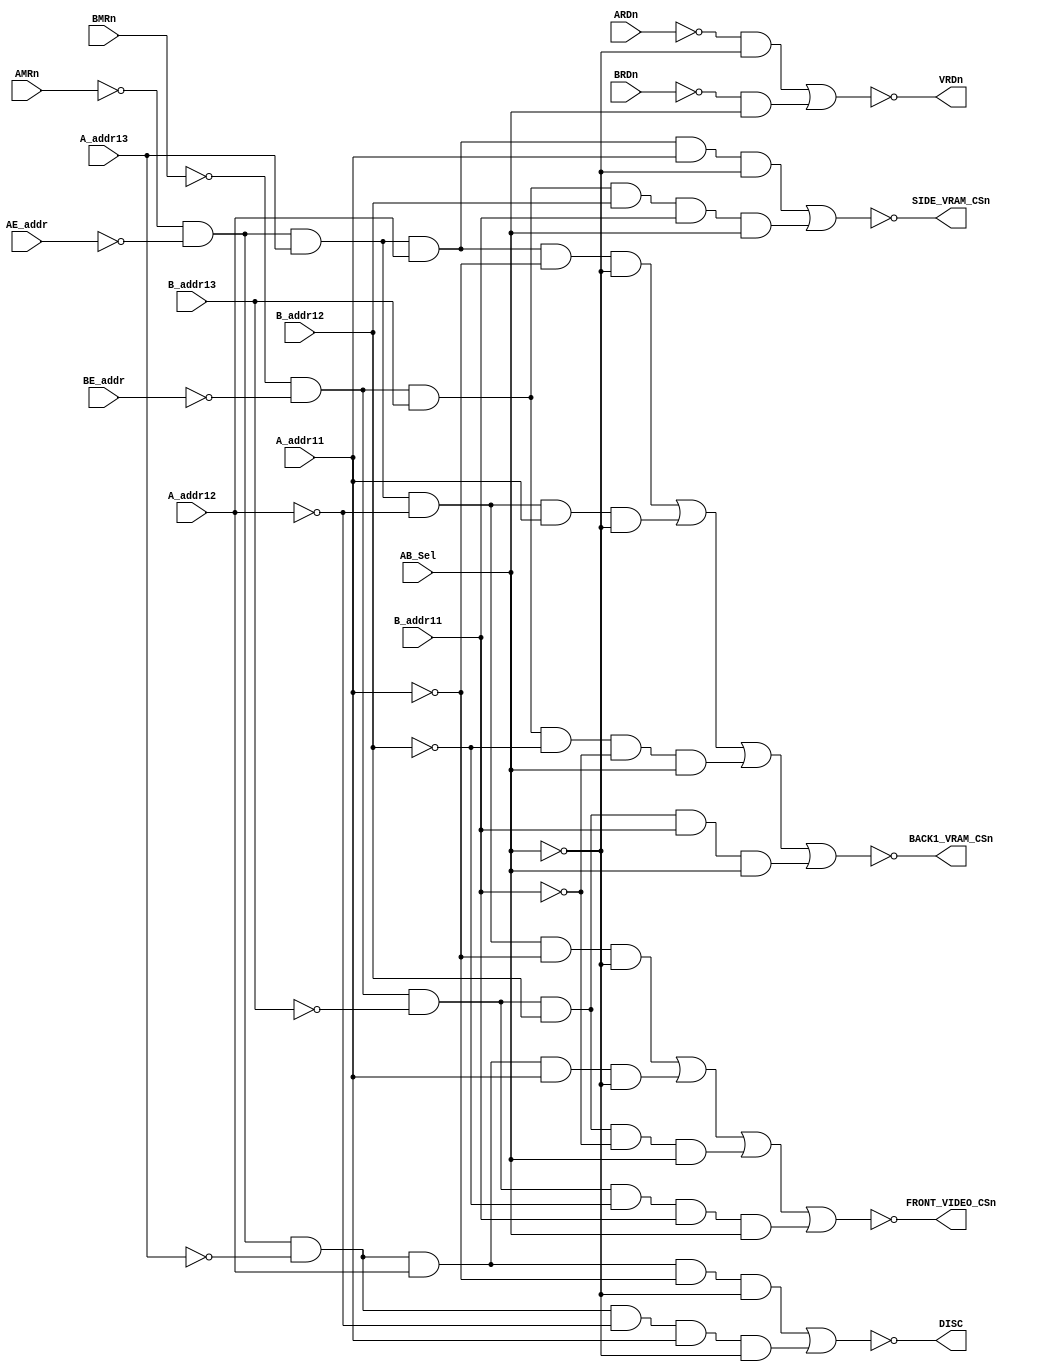
//Converted from AlphaMission_PAL16L6C_1A.jed using MAME's jedutil tool
//Many thanks to pldarchive.co.uk for the JED file.
`default_nettype none
`timescale 1ns/10ps

module pal16l6c_A1_nodly (
    //inputs
    input  wire  AMRn, //1
    input  wire  AE_addr, //2 
    input  wire  A_addr13, //3
    input  wire  A_addr12,  //4
    input  wire  A_addr11, //5
    input  wire  BMRn,     //6
    input  wire  BE_addr, //7
    input  wire  B_addr13, //8
    input  wire  B_addr12, //9 
    input  wire  B_addr11, //10
    input  wire  ARDn, //11
    input  wire  BRDn, //13
    input  wire  AB_Sel, //22
    output wire FRONT_VIDEO_CSn, //16 F1C
    output wire VRDn, //17
    output wire SIDE_VRAM_CSn, //19 SC
    output wire DISC, //20 DISC
    output wire BACK1_VRAM_CSn //21 B1C
);  
    //                1 1 1 1  1 | 1     |
    //Address:        5 4 3 2  1 | 0 9 8 | 7 6 5 4  3 2 1 0
    //16'hE000-E700   1 1 1 0  0 | x x x | x x x x  x x x x cpuA SHARED FRONT VIDEO RAM 2Kbytes
    //16'hD800-DFFF   1 1 0 1  1 | x x x | x x x x  x x x x cpuA SHARED RAM             2Kbytes
    //16'hD000-D7FF   1 1 0 1  0 | x x x | x x x x  x x x x cpuB SHARED FRONT VIDEO RAM 2Kbytes
    //16'hC800-CFFF   1 1 0 0  1 | x x x | x x x x  x x x x cpuB SHARED RAM             2Kbytes
    assign  FRONT_VIDEO_CSn = ~((~AMRn & ~AE_addr &  A_addr13 & ~A_addr12 & ~A_addr11 & ~AB_Sel ) |
                                                    (~AMRn & ~AE_addr & ~A_addr13 &  A_addr12 &  A_addr11 & ~AB_Sel ) |
                                                    (~BMRn & ~BE_addr & ~B_addr13 &  B_addr12 & ~B_addr11 &  AB_Sel ) |
                                       //WRONG term (                               ~B_addr12 &              AB_Sel ));
                                                    (~BMRn & ~BE_addr & ~B_addr13 & ~B_addr12 &  B_addr11 &  AB_Sel )); //FIX

    assign  VRDn = ~((~ARDn & ~AB_Sel ) | (~BRDn &  AB_Sel ));

    //                1 1 1 1  1 | 1     |
    //Address:        5 4 3 2  1 | 0 9 8 | 7 6 5 4  3 2 1 0 
    //16'hF800-FFFF   1 1 1 1  1 | x x x | x x x x  x x x x SHARED SIDE_VIDEO_RAM cpuA 2Kbytes
    //16'hF800-FFFF   1 1 1 1  1 | x x x | x x x x  x x x x SHARED SIDE_VIDEO_RAM cpuB 2Kbytes
    //19
    assign  SIDE_VRAM_CSn = ~((~AMRn & ~AE_addr & A_addr13 & A_addr12 & A_addr11 & ~AB_Sel ) |
                                                  (~BMRn & ~BE_addr & B_addr13 & B_addr12 & B_addr11 &  AB_Sel ));

    //                1 1 1 1  1 | 1     |
    //Address:        5 4 3 2  1 | 0 9 8 | 7 6 5 4  3 2 1 0
    //16'hD000-D7FF   1 1 0 1  0 | x x x | x x x x  x x x x NOT USED???
    //16'hC800-CFFF   1 1 0 0  1 | x x x | x x x x  x x x x VIDEO ATTRIB. W, SPRITE AND BACKGROUND SCROLL REGISTERS, tile and tile palette bank cpuA
    assign  DISC = ~((~AMRn & ~AE_addr & ~A_addr13 &  A_addr12 & ~A_addr11 & ~AB_Sel ) |
                                         (~AMRn & ~AE_addr & ~A_addr13 & ~A_addr12 &  A_addr11 & ~AB_Sel ));
         

    // ^^^ WRONG ^^^
    //                1 1 1 1  1 | 1     |
    //Address:        5 4 3 2  1 | 0 9 8 | 7 6 5 4  3 2 1 0
    //16'hF000-F7FF   1 1 1 1  0 | x x x | x x x x  x x x x BACK1 VIDEO RAM BANK HI
    //16'hE800-EFFF   1 1 1 0  1 | x x x | x x x x  x x x x BACK1 VIDEO RAM BANK LOW
    //16'hF000-F7FF   1 1 1 1  0 | x x x | x x x x  x x x x BACK1 VIDEO RAM BANK HI
    //16'hE800-EFFF   1 1 1 0  1 | x x x | x x x x  x x x x BACK1 VIDEO RAM BANK LOW
    // assign  BACK1_VRAM_CSn = ~((~AMRn & ~AE_addr & A_addr13 &  A_addr12 & ~A_addr11 & ~AB_Sel ) |
    //                                                (~AMRn & ~AE_addr & A_addr13 & ~A_addr12 &  A_addr11 & ~AB_Sel ) |
    //                                                (~AMRn & ~AE_addr & A_addr13 &  A_addr12 & ~A_addr11 & ~AB_Sel ) |
    //                                                (~AMRn & ~AE_addr & A_addr13 & ~A_addr12 &  A_addr11 & ~AB_Sel ));

    //*** FIX ***
    //                1 1 1 1  1 | 1     |
    //Address:        5 4 3 2  1 | 0 9 8 | 7 6 5 4  3 2 1 0
    //16'hF000-F7FF   1 1 1 1  0 | x x x | x x x x  x x x x BACK1 VIDEO RAM BANK HI  cpuA
    //16'hE800-EFFF   1 1 1 0  1 | x x x | x x x x  x x x x BACK1 VIDEO RAM BANK LOW cpuA
    //16'hE000-E7FF   1 1 1 0  0 | x x x | x x x x  x x x x BACK1 VIDEO RAM BANK HI  cpuB
    //16'hD800-DFFF   1 1 0 1  1 | x x x | x x x x  x x x x BACK1 VIDEO RAM BANK LOW cpuB
    assign  BACK1_VRAM_CSn = ~((~AMRn & ~AE_addr &  A_addr13 &  A_addr12 & ~A_addr11 & ~AB_Sel ) |
                                                   (~AMRn & ~AE_addr &  A_addr13 & ~A_addr12 &  A_addr11 & ~AB_Sel ) |
                                                   (~BMRn & ~BE_addr &  B_addr13 & ~B_addr12 & ~B_addr11 &  AB_Sel ) |
                                                   (~BMRn & ~BE_addr & ~B_addr13 &  B_addr12 &  B_addr11 &  AB_Sel ));
endmodule